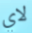
لاي